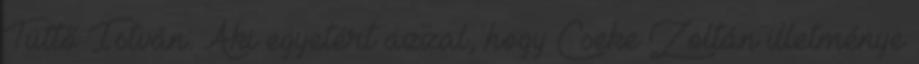
Tüttő István: Aki egyetért azzal, hogy Cseke Zoltán illetménye